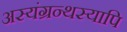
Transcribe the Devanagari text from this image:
अस्यंग्रन्थस्यापि